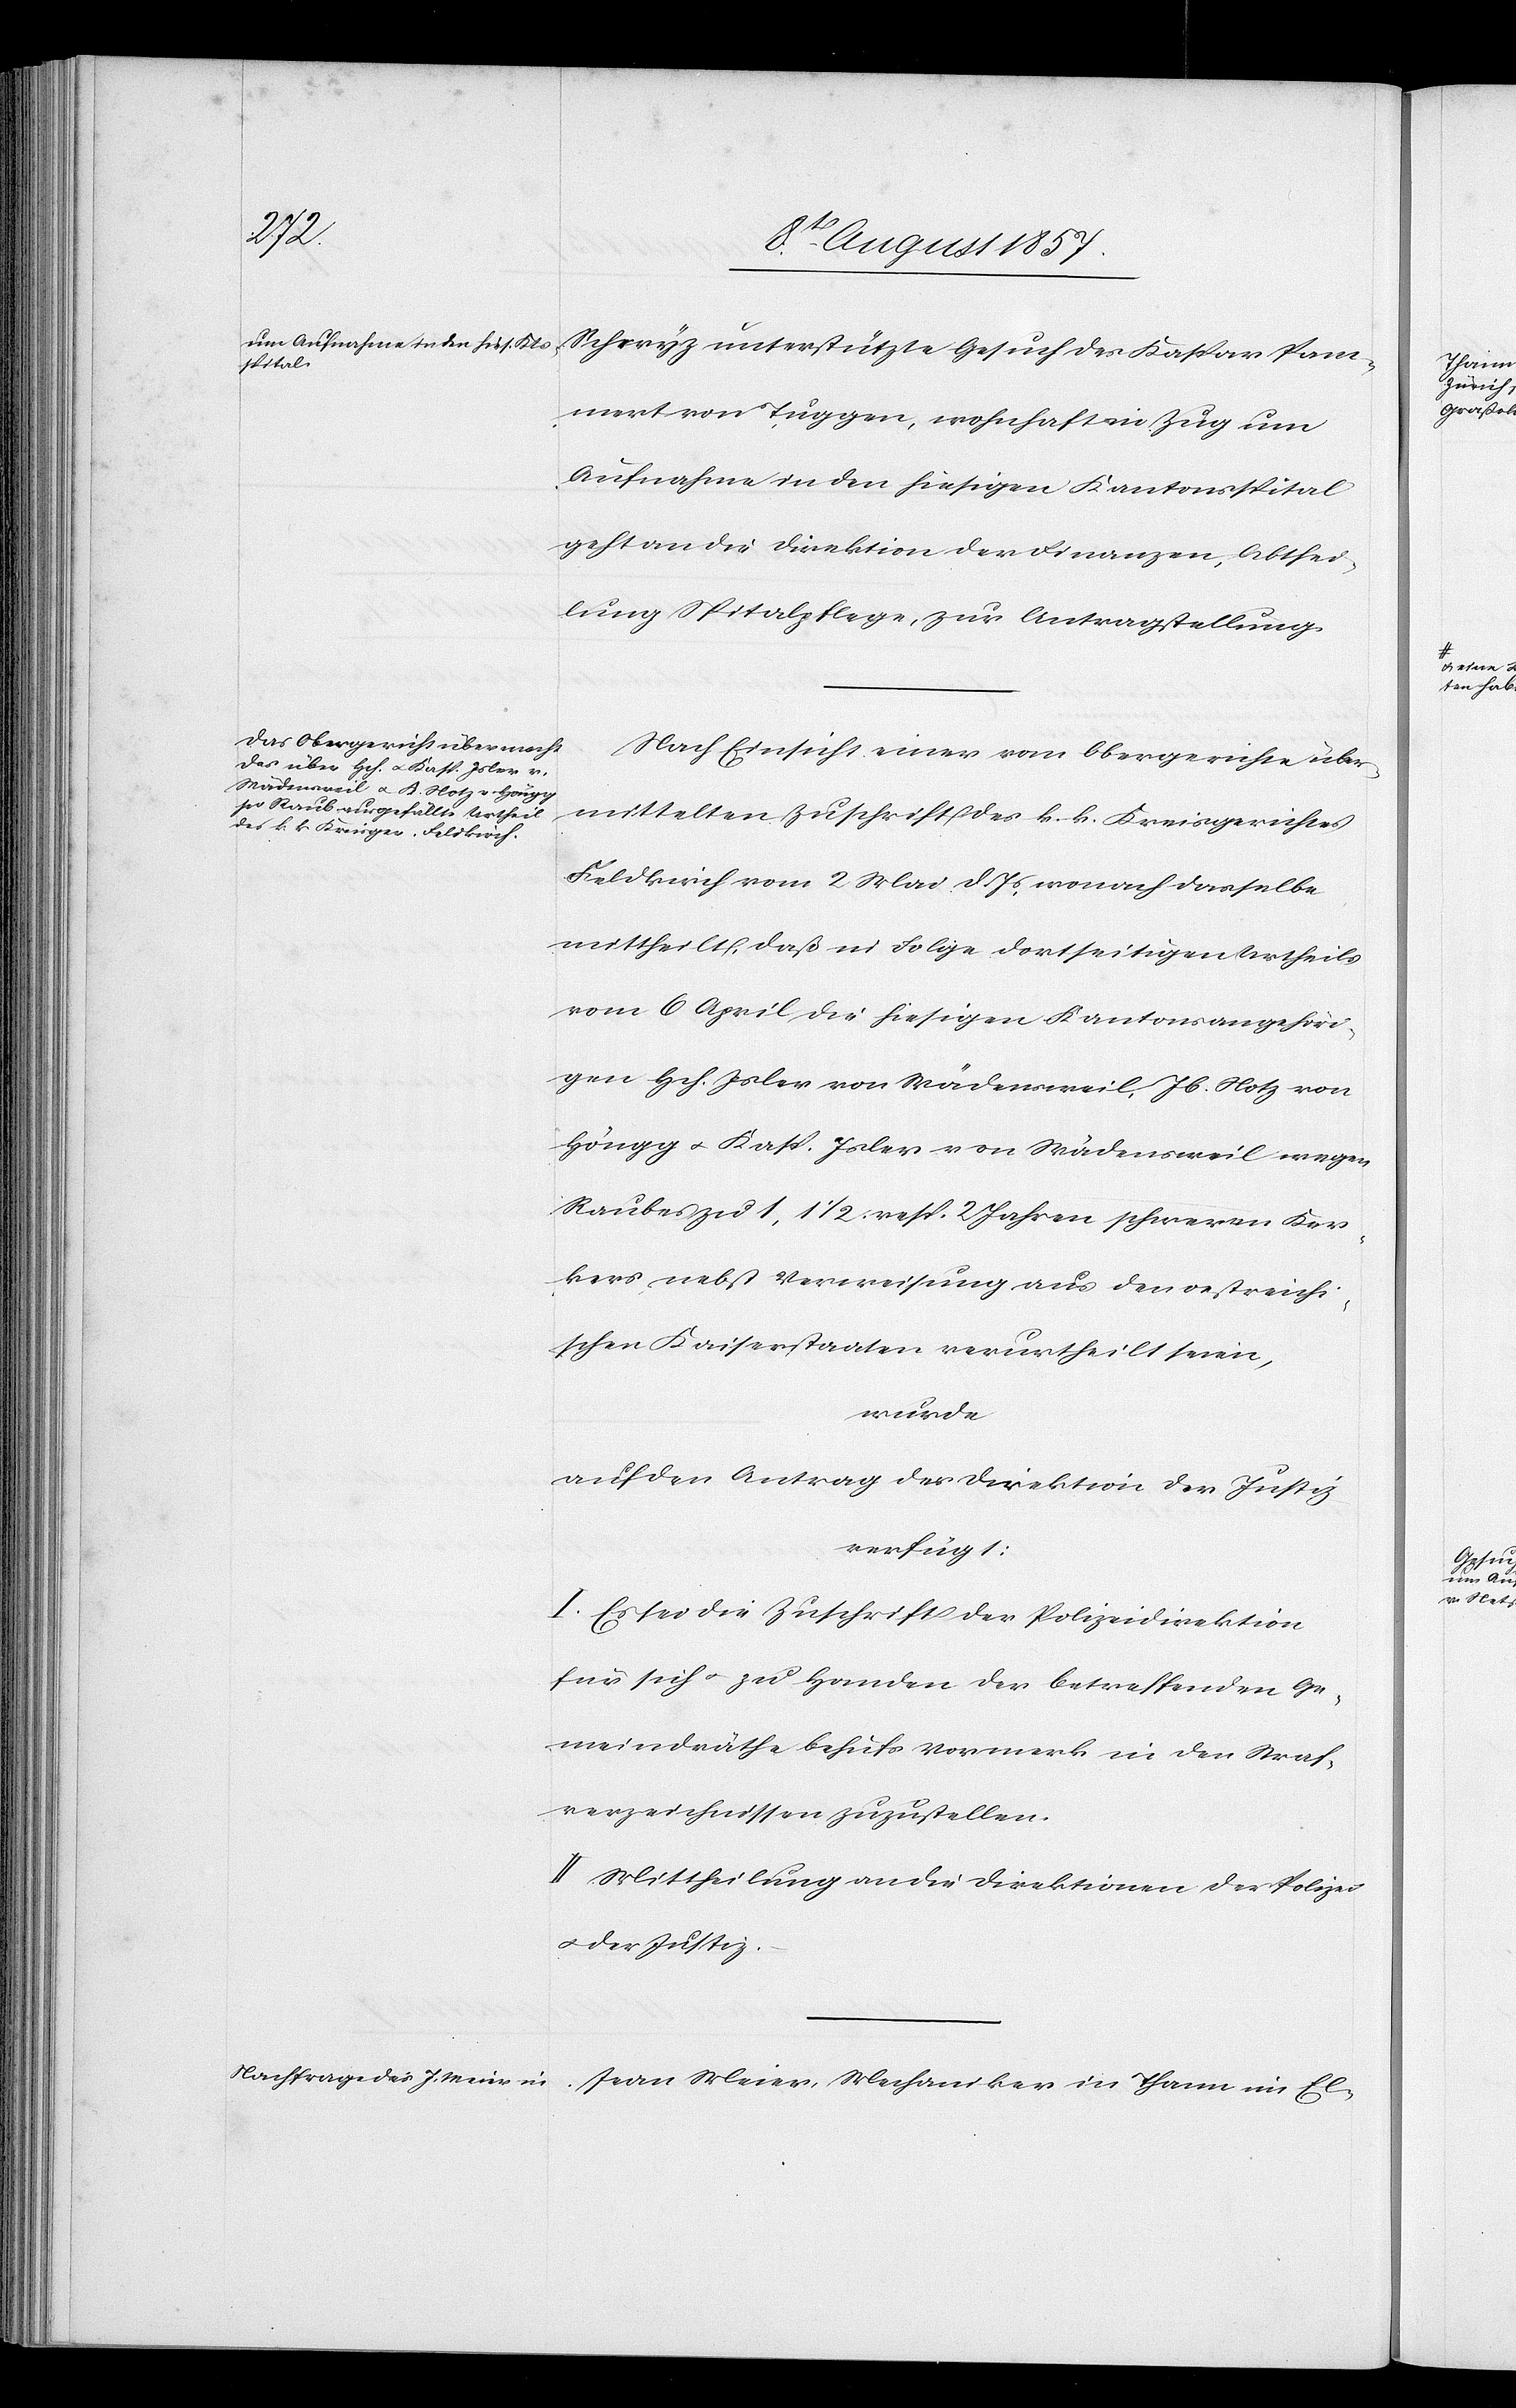
den

11t August 1857.]
Schwyz unterstützte Gesuch des Kaspar Pan¬
nert von Tuggen, wohnhaft in Zug um
Aufnahme in den hiesigen Kantonsspital
geht an die Direktion der Finanzen, Abthei¬
lung Spitalpflege, zur Antragstellung.
Nach Einsicht einer vom Obergerichte über¬
mittelten Zuschrift des k. k. Kreisgerichtes
Feldkirch vom 2 Mai d. Js. wonach dasselbe
mittheilt, daß in Folge dortseitigen Urtheils
vom 6 April die hiesigen Kantonsangehöri¬
gen Hch. Isler von Wädensweil, Jb. Hotz von
Höngg & Kasp. Isler von Wädensweil wegen
Raubgut 1, 1 1/2, resp. 2 Jahren schweren Ker¬
kers, nebst Verweisung aus den oestreichi¬
schen Kaiserstaaten verurtheilt seien,
wurde,
auf den Antrag der Direktion der Justiz
verfügt:
I. Es sei die Zuschrift der Polizeidirektion
für sich & zu Handen der betreffenden Ge¬
meindräthe behufs Vormerk in den Straf¬
verzeichnissen zuzustellen.
II. Mittheilung an die Direktionen der Polizei
& der Justiz.
Jean Meier, Mechaniker in Thann im El-